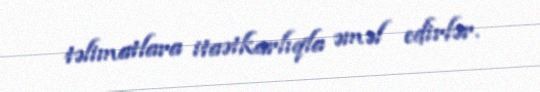
təlimatlara itaətkarlıqla əməl edirlər.